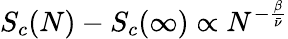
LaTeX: S_{c}(N)-S_{c}(\infty)\propto N^{-\frac{\beta}{\bar{\nu}}}